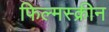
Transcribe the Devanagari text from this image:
फिल्मस्क्रीन